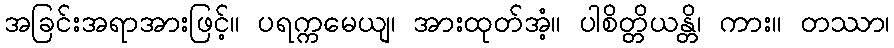
အခြင်းအရာအားဖြင့်။ ပရက္ကမေယျ၊ အားထုတ်အံ့။ ပါစိတ္တိယန္တိ၊ ကား။ တဿာ၊